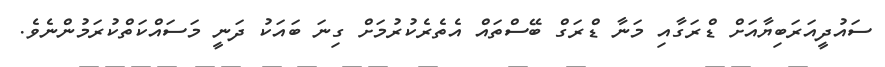
ސައުދީއަރަބިޔާއަށް ޑްރަގާއި މަނާ ޑްރަގް ބޭސްތައް އެތެރެކުރުމަށް ގިނަ ބައަކު ދަނީ މަސައްކަތްކުރަމުންނެވެ.